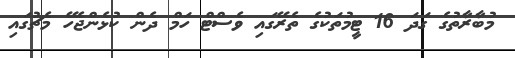
މުބާރާތުގެ ގަދަ 16 ޓީމުތަކުގެ ތެރޭގައި ވެސްޓް ހަމް ދެން ކުޅެންޖެހޭ މެޗުގައި